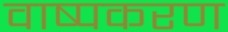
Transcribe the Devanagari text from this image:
वाष्पकरण